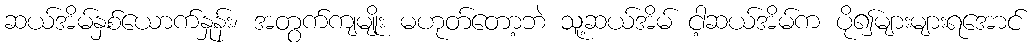
ဆယ်အိမ်နှစ်ယောက်နှုန်း၊ အတွက်ကျမျိုး မဟုတ်တော့ဘဲ သူ့ဆယ်အိမ် ငါ့ဆယ်အိမ်က ပို၍များများရအောင်